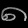
Digit: ၈